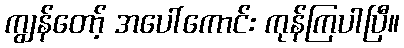
ကျွန်တော့် အပေါ်ကောင်း ကုန်ကြပါပြီ။